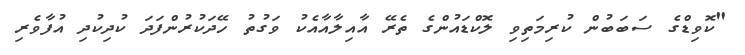
"ކޮވިޑްގެ ސަބަބުން ކުރިމަތިވި ލޮކްޑައުންގެ ތެރޭ އާއިލާއާއެކު ވަގުތު ހޭދަކުރުންފަދަ ކުދިކުދި އުފާވެރި